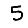
Digit: 5